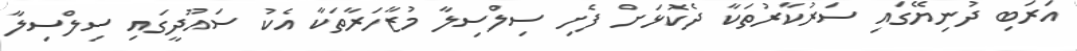
އަރަބި ދުނިޔޭގައި ސަރުކާރުތަކާ ދެކޮޅަށް ފެށި ސިލްސިލާ މުޒާހަރާތަކާ އެކު ސައޫދީގައި ސިލްސިލާ